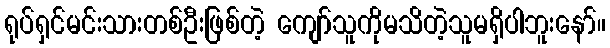
ရုပ်ရှင်မင်းသားတစ်ဦးဖြစ်တဲ့ ကျော်သူကိုမသိတဲ့သူမရှိပါဘူးနော်။